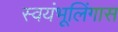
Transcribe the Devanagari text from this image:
स्वयंभूलिंगास